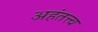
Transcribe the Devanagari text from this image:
अहंतत्त्व